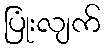
ပြုံးလျက်